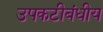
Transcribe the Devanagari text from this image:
उपकटीबंधीय